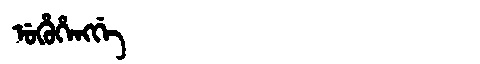
Manchu: ᡠᡥᡠᡥᡝᠩᡤᡝ
Romanization: UHUHENGGE